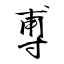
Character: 尃